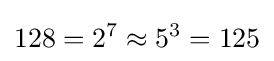
128=2^{7}\approx 5^{3}=125